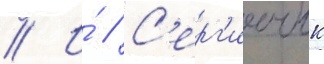
// И́ // С'ерг'иичук